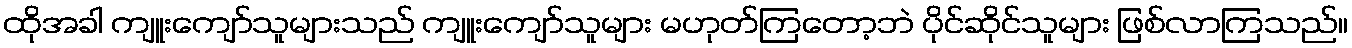
ထိုအခါ ကျူးကျော်သူများသည် ကျူးကျော်သူများ မဟုတ်ကြတော့ဘဲ ပိုင်ဆိုင်သူများ ဖြစ်လာကြသည်။